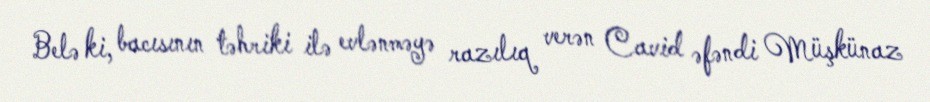
Belə ki, bacısının təhriki ilə evlənməyə razılıq verən Cavid əfəndi Müşkünaz